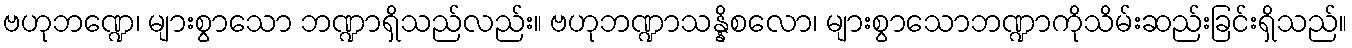
ဗဟုဘဏ္ဍေ၊ များစွာသော ဘဏ္ဍာရှိသည်လည်း။ ဗဟုဘဏ္ဍာသန္နိစလော၊ များစွာသောဘဏ္ဍာကိုသိမ်းဆည်းခြင်းရှိသည်။